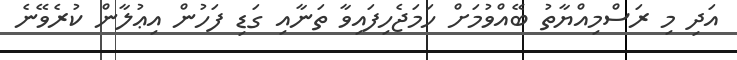
އަދި މި ރަސްމިއްޔާތު ބޭއްވުމަށް ހަމަޖެހިފައިވާ ތަނާއި ގަޑި ފަހުން އިޢުލާން ކުރެވޭނެ